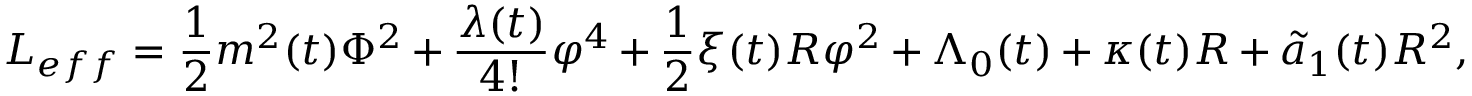
L _ { e f f } = \frac { 1 } { 2 } m ^ { 2 } ( t ) \Phi ^ { 2 } + \frac { \lambda ( t ) } { 4 ! } \varphi ^ { 4 } + \frac { 1 } { 2 } \xi ( t ) R \varphi ^ { 2 } + \Lambda _ { 0 } ( t ) + \kappa ( t ) R + \widetilde { a } _ { 1 } ( t ) R ^ { 2 } ,